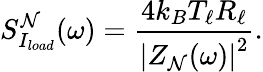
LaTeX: S_{I_{load}}^{\mathcal{N}}(\omega)=\frac{{4k_{B}T_{\ell}R_{\ell}}}{{\left|Z_{\mathcal{N}}(\omega)\right|^{2}}}.